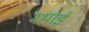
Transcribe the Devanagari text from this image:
रभाई